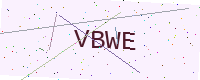
Text: VBWE